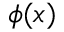
\phi ( { \boldsymbol { x } } )